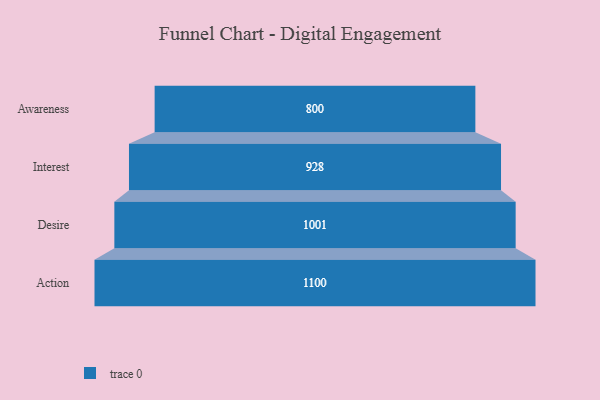
{"axis": {"x": "Stage", "y": "Value"}, "legend": [""], "data": [{"x": "Awareness", "y": 800.0, "type": ""}, {"x": "Interest", "y": 928.0, "type": ""}, {"x": "Desire", "y": 1001.0, "type": ""}, {"x": "Action", "y": 1100.0, "type": ""}]}